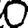
Digit: 0